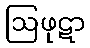
ဩဖုဋာ